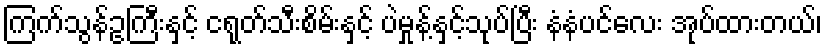
ကြက်သွန်ဥကြီးနှင့် ငရုတ်သီးစိမ်းနှင့် ပဲမှုန့်နှင့်သုပ်ပြီး နံနံပင်လေး အုပ်ထားတယ်၊